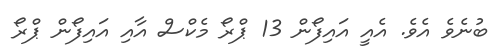
ބުނެވެ އެވެ. އެއީ އައިފޯން 13 ޕްރޯ މެކްސް އާއި އައިފޯން ޕްރޯ